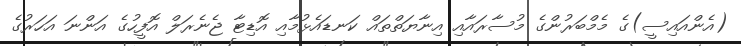
(އެންއައިސީ)ގެ މެމްބަރުންގެ މުސާރައާއި އިނާޔަތްތައް ކަނޑައެޅުމާއި އޮޑިޓާ ޖެނެރަލް އޮފީހުގެ އަންނަ އަހަރުގެ